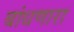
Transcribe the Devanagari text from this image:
बांधणारा